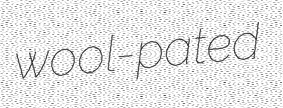
wool-pated